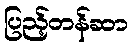
ပြည့်တန်ဆာ